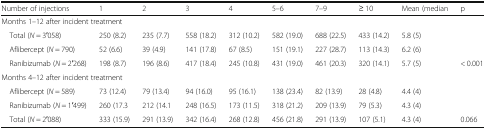
| Number of injections | 1 | 2 | 3 | 4 | 5–6 | 7–9 | ≥ 10 | Mean (median | p |
 | --- | --- | --- | --- | --- | --- | --- | --- | --- | --- |
 | <COLSPAN=10> Months 1–12 after incident treatment |
 | Total (N = 3′058) | 250 (8.2) | 235 (7.7) | 558 (18.2) | 312 (10.2) | 582 (19.0) | 688 (22.5) | 433 (14.2) | 5.8 (5) |  |
 | Aflibercept (N = 790) | 52 (6.6) | 39 (4.9) | 141 (17.8) | 67 (8.5) | 151 (19.1) | 227 (28.7) | 113 (14.3) | 6.2 (6) |  |
 | Ranibizumab (N = 2′268) | 198 (8.7) | 196 (8.6) | 417 (18.4) | 245 (10.8) | 431 (19.0) | 461 (20.3) | 320 (14.1) | 5.7 (5) | < 0.001 |
 | <COLSPAN=10> Months 4–12 after incident treatment |
 | Aflibercept (N = 589) | 73 (12.4) | 79 (13.4) | 94 (16.0) | 95 (16.1) | 138 (23.4) | 82 (13.9) | 28 (4.8) | 4.4 (4) |  |
 | Ranibizumab (N = 1′499) | 260 (17.3 | 212 (14.1 | 248 (16.5) | 173 (11.5) | 318 (21.2) | 209 (13.9) | 79 (5.3) | 4.3 (4) |  |
 | Total (N = 2′088) | 333 (15.9) | 291 (13.9) | 342 (16.4) | 268 (12.8) | 456 (21.8) | 291 (13.9) | 107 (5.1) | 4.3 (4) | 0.066 |